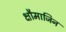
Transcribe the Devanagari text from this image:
क्षौमाजिन